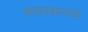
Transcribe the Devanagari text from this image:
नामप्रकारांची